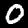
Label: 0